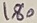
Text: 180